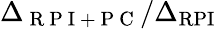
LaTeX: \Delta_{\mathrm{~R~P~I~+~P~C~}}/\Delta_{\mathrm{RPI}}